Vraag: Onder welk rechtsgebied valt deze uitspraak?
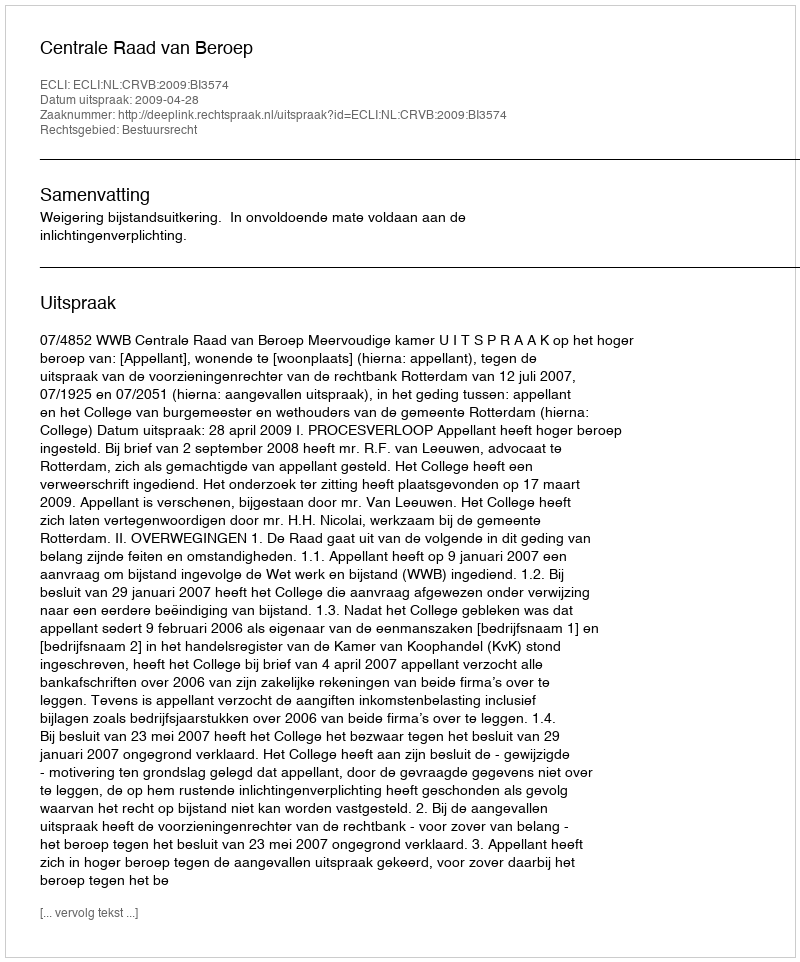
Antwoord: Bestuursrecht